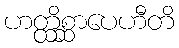
ဟတ္ထိစ္ဆာပေဟီတိ